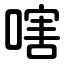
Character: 嗐